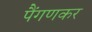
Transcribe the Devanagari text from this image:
पैंगणकर